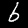
Digit: 6